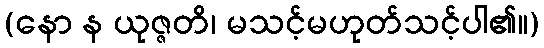
(နော န ယုဇ္ဇတိ၊ မသင့်မဟုတ်သင့်ပါ၏။)